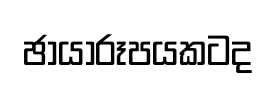
ඡායාරූපයකටද